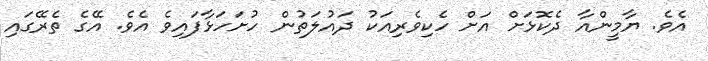
އެވެ. ޔާމީންއާ ދެކޮޅަށް އަށް ހެކިވެރިއަކު ދައުލަތުން ހުށަހަޅާފައިވެ އެވެ. އޭގެ ތެރޭގައި